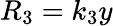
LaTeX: R_{3}=k_{3}y